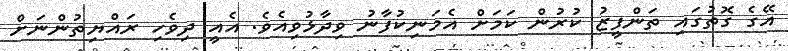
އޭގެ ގޮތުގައި ތަންފީޒު ކުރުން ކަމަށް އެމަނިކުފާނު ވިދާޅުވިއެވެ. އެއީ ދިވެހި ރައްޔިތުންނަށް